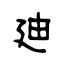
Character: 廸